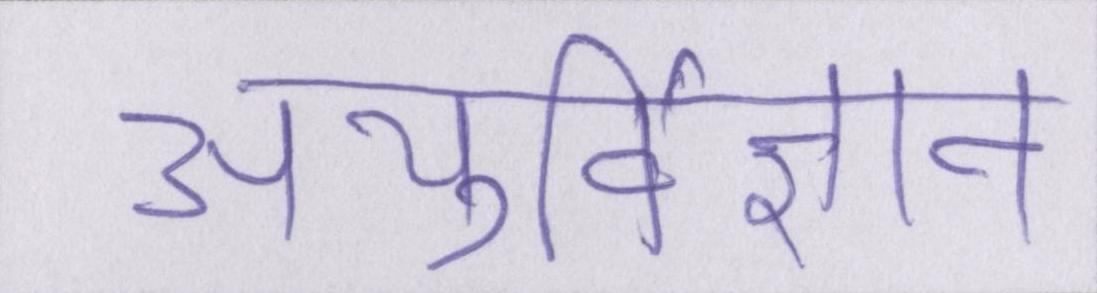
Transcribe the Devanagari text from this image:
आयुर्विज्ञान